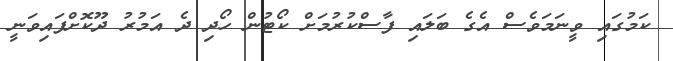
ކަމުގައި ވީނަމަވެސް އެގެ ބަލައި ފާސްކުރުމަށް ކޯޓުން ހޯދި ދެ އަމުރު ދޫކޮށްފައިވަނީ